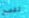
تفصح